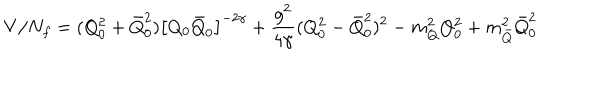
V / N _ { f } = ( Q _ { 0 } ^ { 2 } + \bar { Q } _ { 0 } ^ { 2 } ) \bigl [ Q _ { 0 } \bar { Q } _ { 0 } \bigr ] ^ { - 2 \gamma } + \frac { g ^ { 2 } } { 4 \gamma } ( Q _ { 0 } ^ { 2 } - \bar { Q } _ { 0 } ^ { 2 } ) ^ { 2 } - m _ { Q } ^ { 2 } Q _ { 0 } ^ { 2 } + m _ { \bar { Q } } ^ { 2 } \bar { Q } _ { 0 } ^ { 2 }